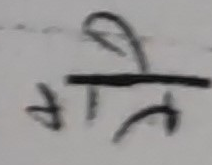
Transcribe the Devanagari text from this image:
गती